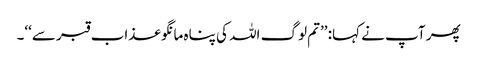
پھر آپ نے کہا: ’’تم لوگ اللہ کی پناہ مانگو عذاب قبر سے‘‘۔